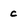
Character: c